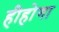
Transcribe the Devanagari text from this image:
हीहोगा